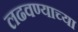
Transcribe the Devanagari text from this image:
लढवण्याच्या